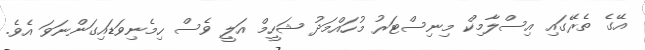
އޭގެ ތެރޭގައި އިސްލާމިކް މިނިސްޓަރު މުހައްމަދު ޝަހީމް އަލީ ވެސް ހިމެނިވަޑައިގަންނަވަ އެވެ.